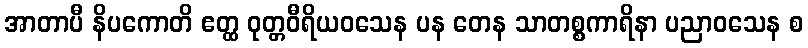
အာတာပီ နိပကောတိ ဧတ္ထ ဝုတ္တဝီရိယဝသေန ပန တေန သာတစ္စကာရိနာ ပညာဝသေန စ